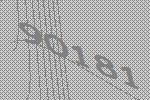
90181